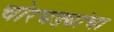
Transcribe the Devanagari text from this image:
चोरघड्यांचा